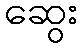
ဆွေး